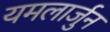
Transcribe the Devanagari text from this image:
यमलार्जुन